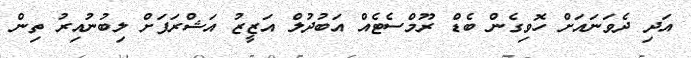
އަދި ދެވަނައަށް ހޮވިގެން ބެޑް ރޫމްސެޓެއް އަބުދުލް އަޒީޒު އަޝްރަފަށް ލިބުނުއިރު ތިން